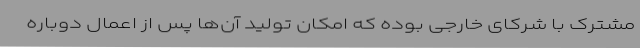
مشترک با شرکای خارجی بوده که امکان تولید آن‌ها پس از اعمال دوباره